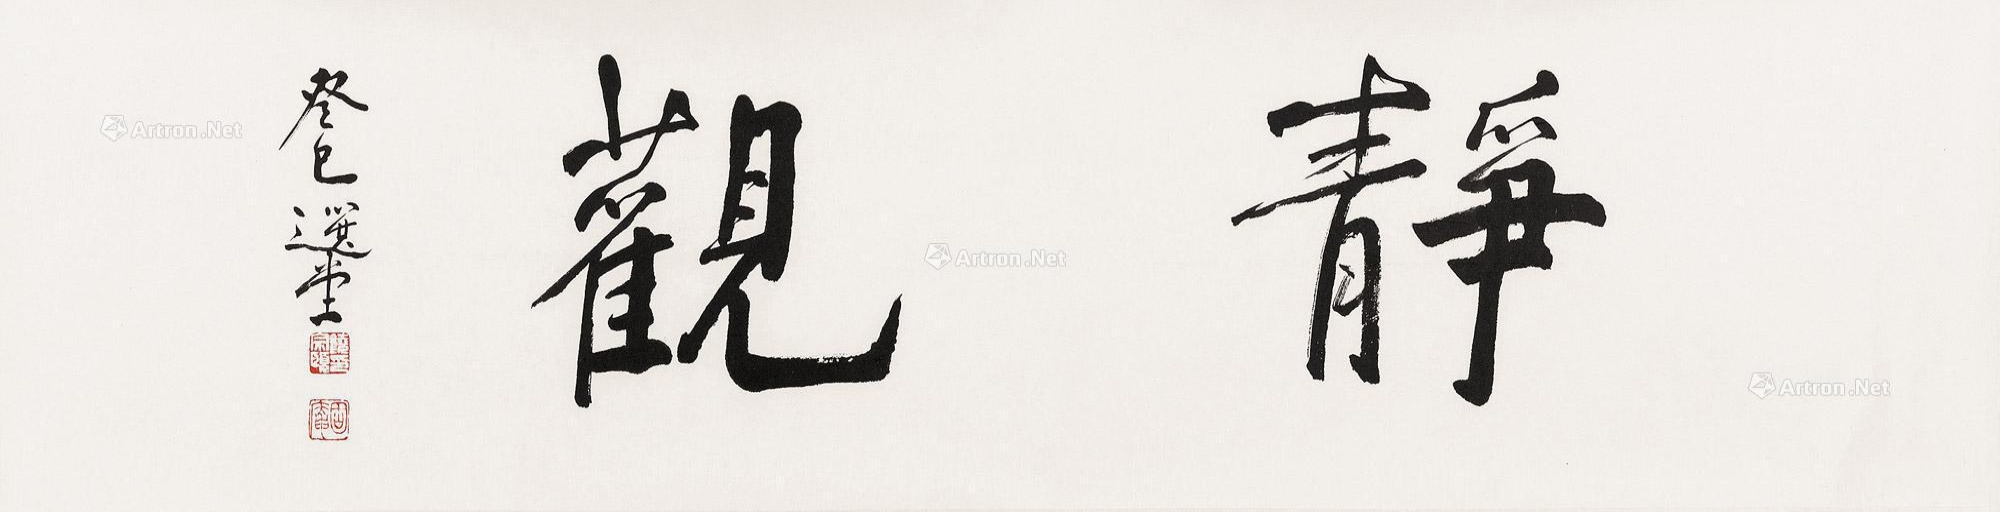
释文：静观癸巳选堂